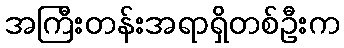
အကြီးတန်းအရာရှိတစ်ဦးက